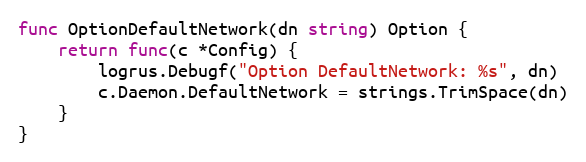
Language: Go
func OptionDefaultNetwork(dn string) Option {
	return func(c *Config) {
		logrus.Debugf("Option DefaultNetwork: %s", dn)
		c.Daemon.DefaultNetwork = strings.TrimSpace(dn)
	}
}